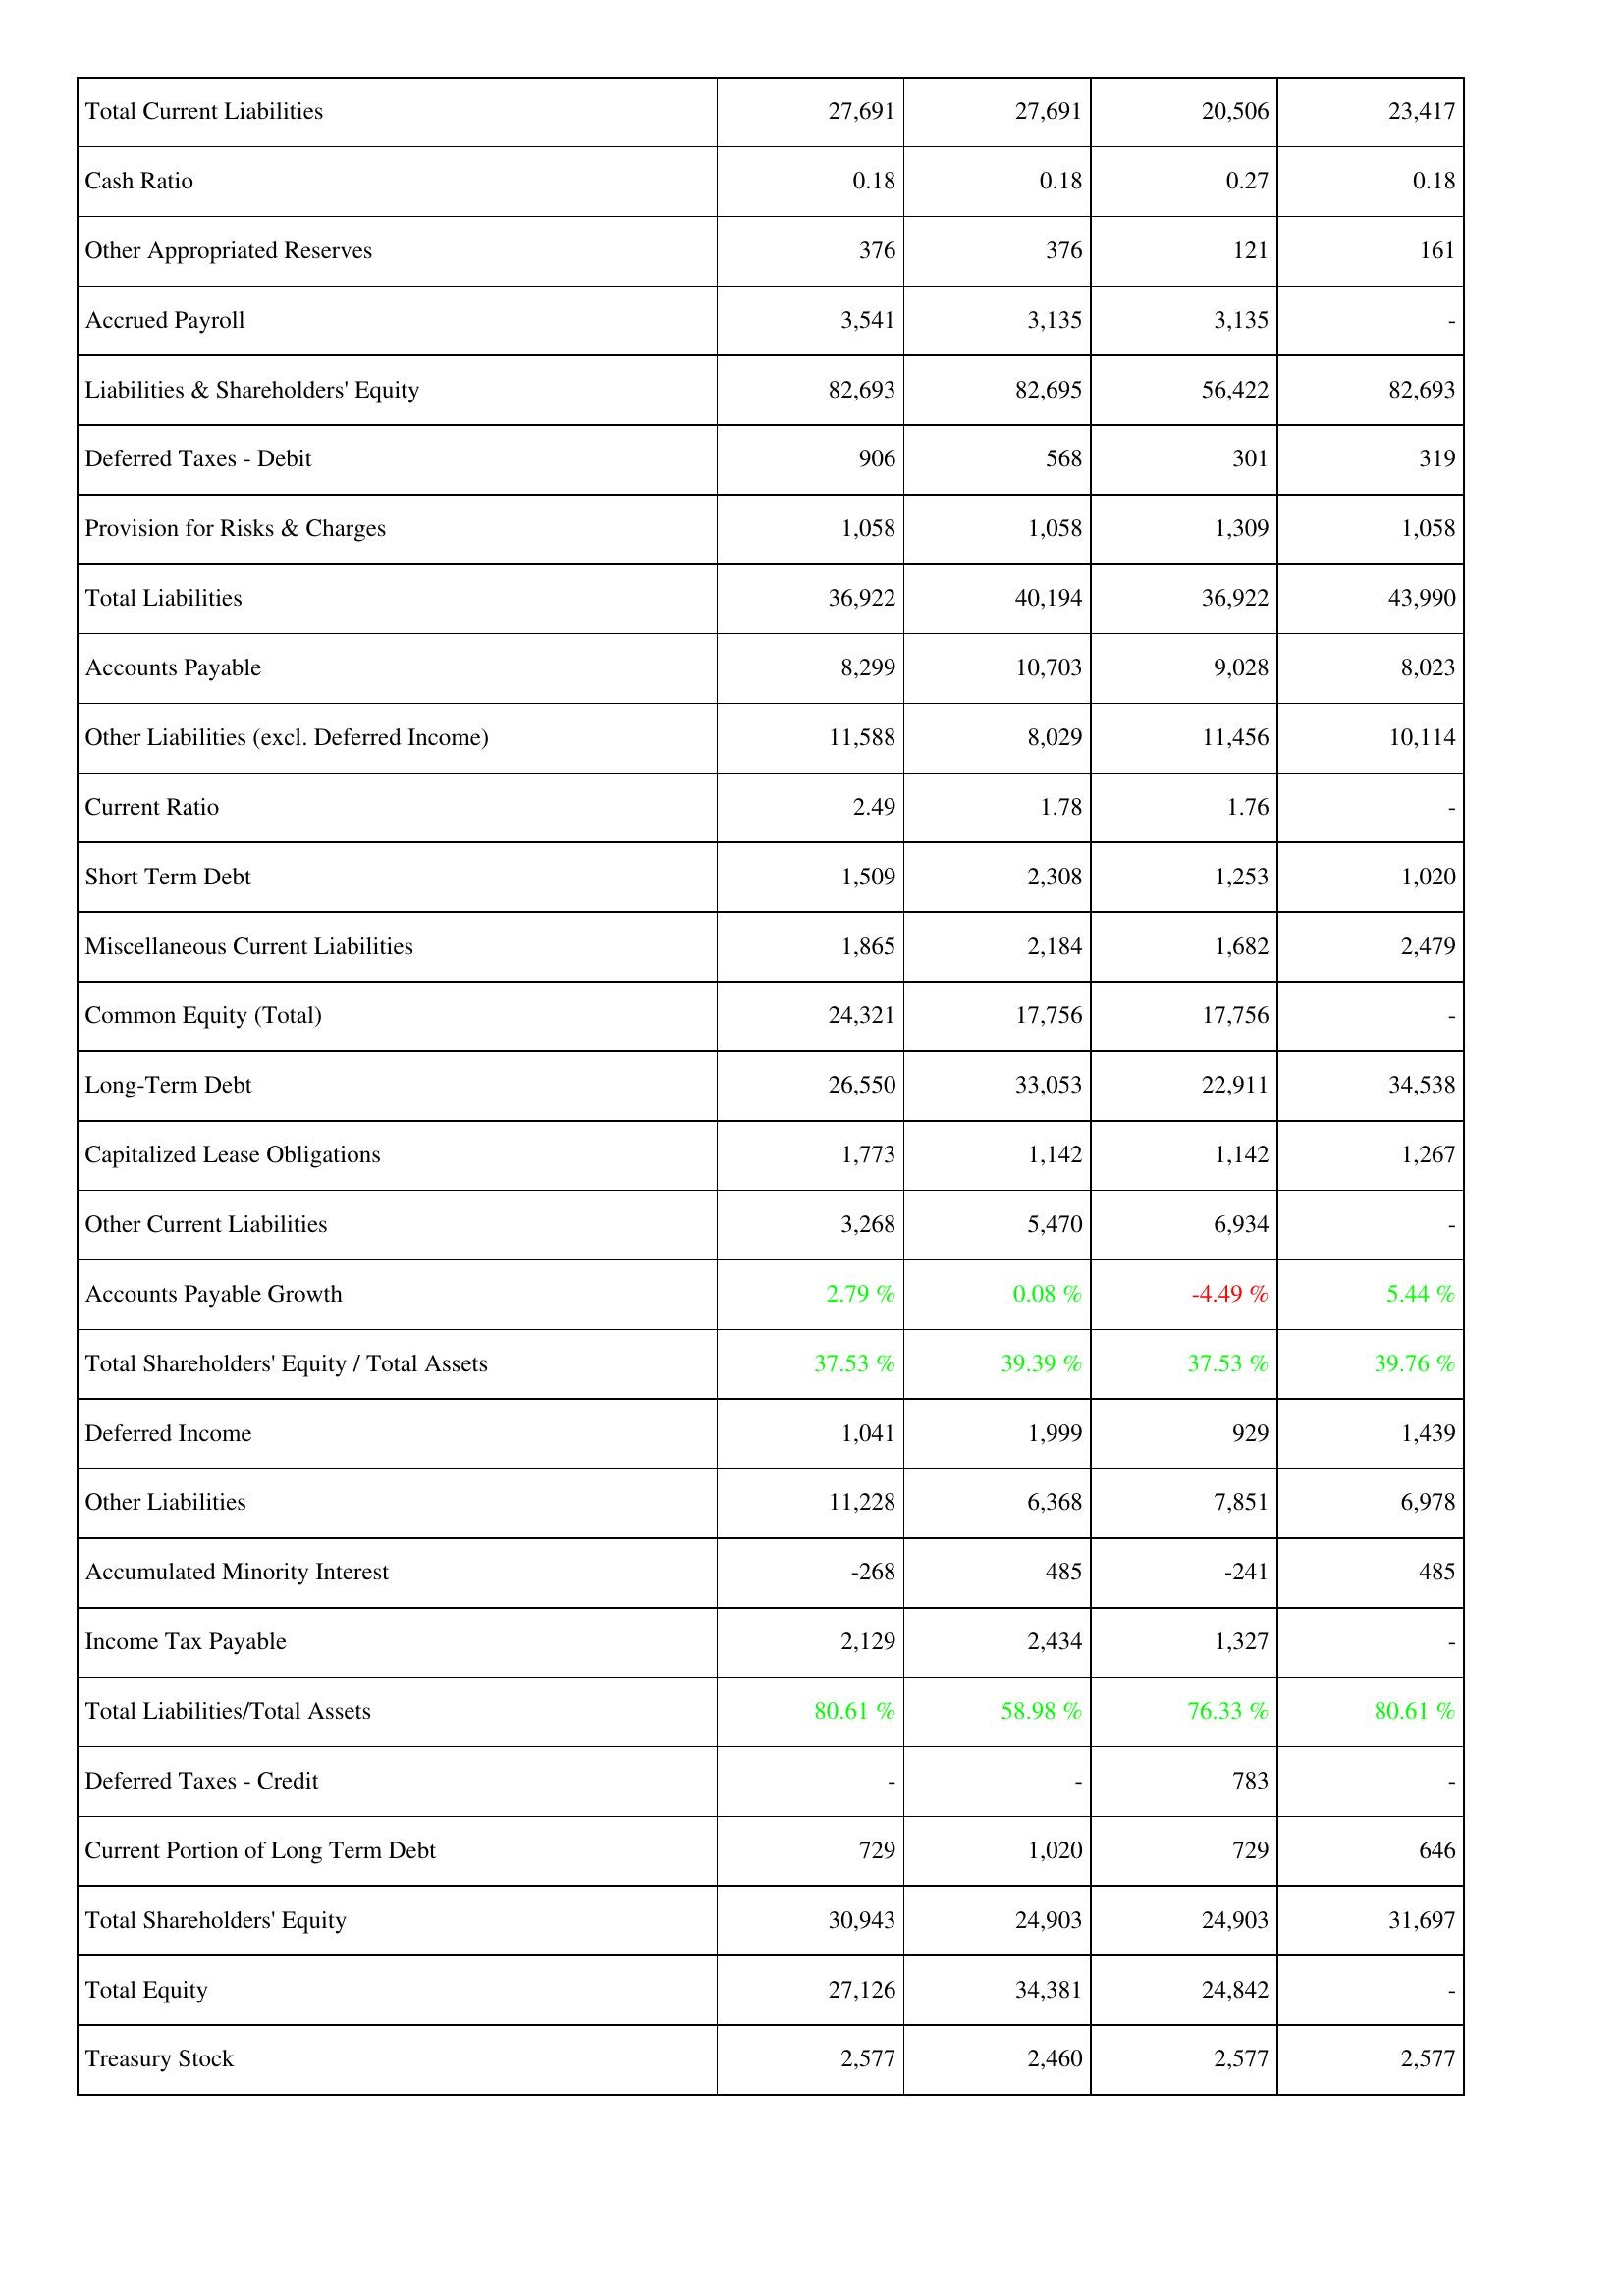
2006: Liabilities & Shareholders' Equity: Total Current Liabilities: 27,691
Cash Ratio: 0.18
Other Appropriated Reserves: 376
Accrued Payroll: 3,541
Liabilities & Shareholders' Equity: 82,693
Deferred Taxes - Debit: 906
Provision for Risks & Charges: 1,058
Total Liabilities: 36,922
Accounts Payable: 8,299
Other Liabilities (excl. Deferred Income): 11,588
Current Ratio: 2.49
Short Term Debt: 1,509
Miscellaneous Current Liabilities: 1,865
Common Equity (Total): 24,321
Long-Term Debt: 26,550
Capitalized Lease Obligations: 1,773
Other Current Liabilities: 3,268
Accounts Payable Growth: 2.79 %
Total Shareholders' Equity / Total Assets: 37.53 %
Deferred Income: 1,041
Other Liabilities: 11,228
Accumulated Minority Interest: -268
Income Tax Payable: 2,129
Total Liabilities/Total Assets: 80.61 %
Deferred Taxes - Credit: -
Current Portion of Long Term Debt: 729
Total Shareholders' Equity: 30,943
Total Equity: 27,126
Treasury Stock: 2,577
2007: Liabilities & Shareholders' Equity: Total Current Liabilities: 27,691
Cash Ratio: 0.18
Other Appropriated Reserves: 376
Accrued Payroll: 3,135
Liabilities & Shareholders' Equity: 82,695
Deferred Taxes - Debit: 568
Provision for Risks & Charges: 1,058
Total Liabilities: 40,194
Accounts Payable: 10,703
Other Liabilities (excl. Deferred Income): 8,029
Current Ratio: 1.78
Short Term Debt: 2,308
Miscellaneous Current Liabilities: 2,184
Common Equity (Total): 17,756
Long-Term Debt: 33,053
Capitalized Lease Obligations: 1,142
Other Current Liabilities: 5,470
Accounts Payable Growth: 0.08 %
Total Shareholders' Equity / Total Assets: 39.39 %
Deferred Income: 1,999
Other Liabilities: 6,368
Accumulated Minority Interest: 485
Income Tax Payable: 2,434
Total Liabilities/Total Assets: 58.98 %
Deferred Taxes - Credit: -
Current Portion of Long Term Debt: 1,020
Total Shareholders' Equity: 24,903
Total Equity: 34,381
Treasury Stock: 2,460
2008: Liabilities & Shareholders' Equity: Total Current Liabilities: 20,506
Cash Ratio: 0.27
Other Appropriated Reserves: 121
Accrued Payroll: 3,135
Liabilities & Shareholders' Equity: 56,422
Deferred Taxes - Debit: 301
Provision for Risks & Charges: 1,309
Total Liabilities: 36,922
Accounts Payable: 9,028
Other Liabilities (excl. Deferred Income): 11,456
Current Ratio: 1.76
Short Term Debt: 1,253
Miscellaneous Current Liabilities: 1,682
Common Equity (Total): 17,756
Long-Term Debt: 22,911
Capitalized Lease Obligations: 1,142
Other Current Liabilities: 6,934
Accounts Payable Growth: -4.49 %
Total Shareholders' Equity / Total Assets: 37.53 %
Deferred Income: 929
Other Liabilities: 7,851
Accumulated Minority Interest: -241
Income Tax Payable: 1,327
Total Liabilities/Total Assets: 76.33 %
Deferred Taxes - Credit: 783
Current Portion of Long Term Debt: 729
Total Shareholders' Equity: 24,903
Total Equity: 24,842
Treasury Stock: 2,577
2009: Liabilities & Shareholders' Equity: Total Current Liabilities: 23,417
Cash Ratio: 0.18
Other Appropriated Reserves: 161
Accrued Payroll: -
Liabilities & Shareholders' Equity: 82,693
Deferred Taxes - Debit: 319
Provision for Risks & Charges: 1,058
Total Liabilities: 43,990
Accounts Payable: 8,023
Other Liabilities (excl. Deferred Income): 10,114
Current Ratio: -
Short Term Debt: 1,020
Miscellaneous Current Liabilities: 2,479
Common Equity (Total): -
Long-Term Debt: 34,538
Capitalized Lease Obligations: 1,267
Other Current Liabilities: -
Accounts Payable Growth: 5.44 %
Total Shareholders' Equity / Total Assets: 39.76 %
Deferred Income: 1,439
Other Liabilities: 6,978
Accumulated Minority Interest: 485
Income Tax Payable: -
Total Liabilities/Total Assets: 80.61 %
Deferred Taxes - Credit: -
Current Portion of Long Term Debt: 646
Total Shareholders' Equity: 31,697
Total Equity: -
Treasury Stock: 2,577